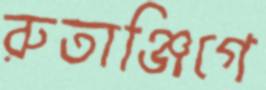
রুতাঞ্জিগে